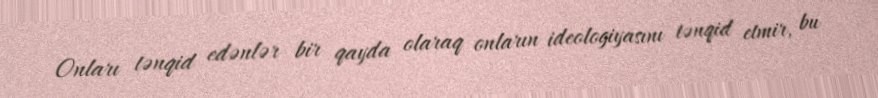
Onları tənqid edənlər bir qayda olaraq onların ideologiyasını tənqid etmir, bu